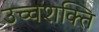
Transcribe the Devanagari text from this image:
उच्‍चशक्ति